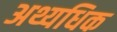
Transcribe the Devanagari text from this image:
अथ्यधिक